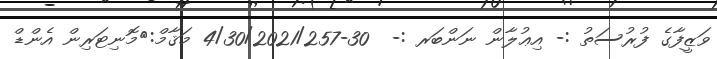
ވަޒީފާގެ ފުރުސަތު :- އިޢުލާން ނަންބަރ :-  30-4/30/2021/257 މަޤާމް:	މޮނިޓަރިން އެންޑް